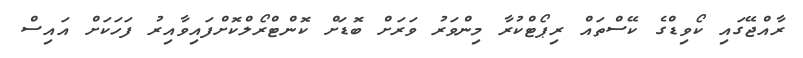
ރާއްޖޭގައި ކޯވިޑްގެ ކޭސްތައް ރިޕޯޓްކުރާ މިންވަރު ވަރަށް ބޮޑަށް ކޮންޓްރޯލްކޮށްފައިވާއިރު ފަހަކަށް އައިސް